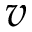
v